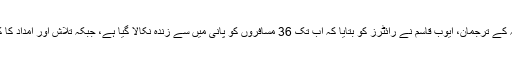
لیبیا کی بحریہ کے ترجمان، ایوب قاسم نے رائٹرز کو بتایا کہ اب تک 36 مسافروں کو پانی میں سے زندہ نکالا گیا ہے، جبکہ تلاش اور امداد کا کام جاری ہے۔